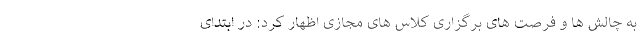
به چالش ها و فرصت های برگزاری کلاس های مجازی اظهار کرد: در ابتدای